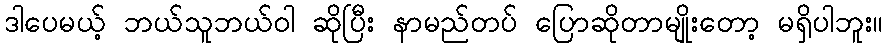
ဒါပေမယ့် ဘယ်သူဘယ်ဝါ ဆိုပြီး နာမည်တပ် ပြောဆိုတာမျိုးတော့ မရှိပါဘူး။